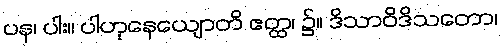
ပန၊ ပါး။ ပါဟုနေယျောတိ ဧတ္ထ၊ ၌။ ဒိသာဝိဒိသတော၊